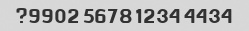
4434 1234 5678 9902?